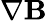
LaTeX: \nabla\mathbf{B}